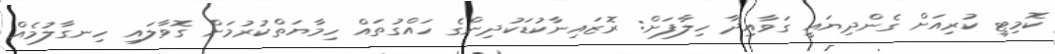
ކޮމިޓީ ކުރިއަށް ގެންދިޔައީ ގަވާއިދާ ހިލާފަށް: ރޮޒައިނާކުޑަކުދިންގެ ހައްގުތައް ހިމާޔަތްކުރުމަށް ގޮވާލައި ހިނގާލުމެއް